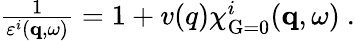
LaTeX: \begin{array}{r}{\frac{1}{\varepsilon^{i}(\mathbf{q},\omega)}=1+v(q)\chi_{\mathrm{G=0}}^{i}(\mathbf{q},\omega)\ .}\end{array}